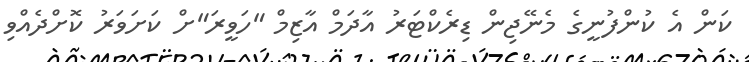
ކަން އެ ކުންފުނީގެ މެނޭޖިން ޑިރެކްޓަރު އާދަމް އާޒިމް "ހަވީރަ"ށް ކަށަވަރު ކޮށްދެއްވި